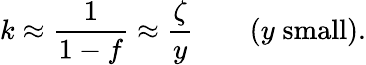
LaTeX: k\approx{\frac{1}{1-f}}\approx{\frac{\zeta}{y}}\qquad(y\; \mathrm{small}).